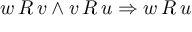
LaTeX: w \, R \, v \wedge v \, R \, u \Rightarrow w \, R \, u